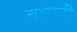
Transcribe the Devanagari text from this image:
नद्यानी